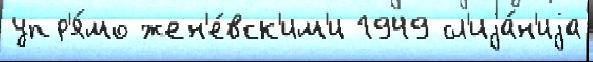
упр'я́мо жен'е́вск'им'и 1949 сл'иjа́н'иjа